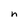
Character: n